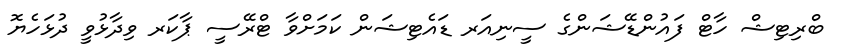
ބްރިޓިޝް ހާޓް ފައުންޑޭޝަންގެ ސީނިއަރ ޑައެޓިޝަން ކަމަށްވާ ޓްރޭސީ ޕާކަރ ވިދާޅުވީ ދުޅަހެޔޮ